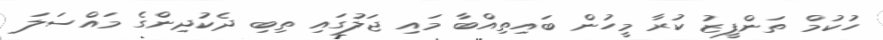
ހުކުމް ތަންފީޒު ކުރާ މީހުން ބައިތިއްބާ މައި ޖަލުގައި ތިބި ދެކުދިންގެ މައްސަލަ